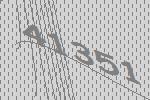
41351